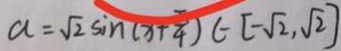
a = \sqrt { 2 } \sin ( x + \frac { \pi } { 4 } ) \in [ - \sqrt { 2 } , \sqrt { 2 } ]